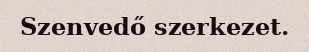
Szenvedő szerkezet.